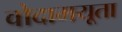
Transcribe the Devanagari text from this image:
वोदामयूता